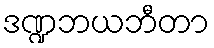
ဒဏ္ဍဘယဘီတာ